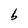
Character: b